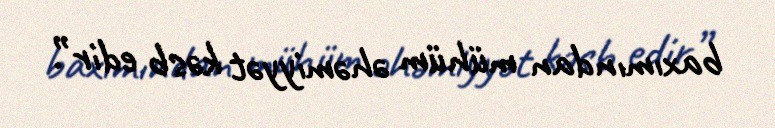
baxımından mühüm əhəmiyyət kəsb edir”.